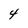
Character: 4